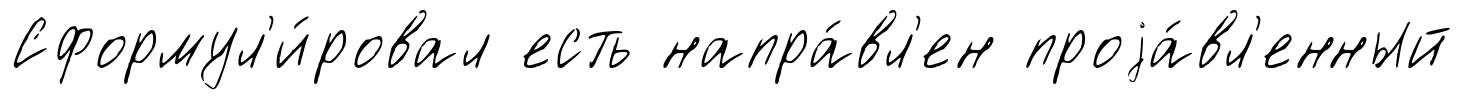
Сформул'и́ровал есть напра́вл'ен проjа́вл'енный